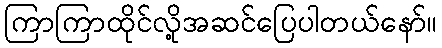
ကြာကြာထိုင်လို့အဆင်ပြေပါတယ်နော်။